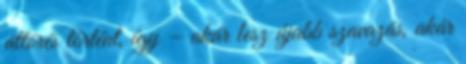
áttörés történt, így – akár lesz újabb szavazás, akár